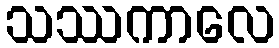
သဿကာလေ